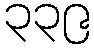
၃၃၉